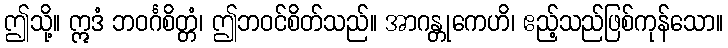
ဤသို့။ ဣဒံ ဘဝင်္ဂစိတ္တံ၊ ဤဘဝင်စိတ်သည်။ အာဂန္တုကေဟိ၊ ဧည့်သည်ဖြစ်ကုန်သော။